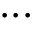
. . .